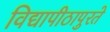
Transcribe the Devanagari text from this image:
विद्यापीठापुरते